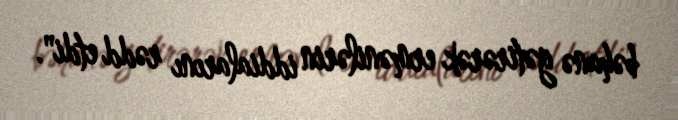
bəhanə gətirərək ermənilərin iddialarını rədd etdi".